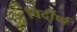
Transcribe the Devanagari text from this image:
विर्दीर्ण